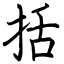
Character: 括